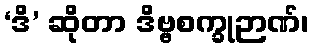
‘ဒိ’ ဆိုတာ ဒိဗ္ဗစက္ခုဉာဏ်၊